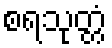
စရသုတ္တံ